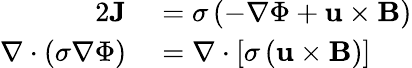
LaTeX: \begin{array}{rl}{{2}\textbf{J}}&{{}=\sigma\left(-\nabla\Phi+\textbf{u}\times\textbf{B}\right)}\\ {\nabla\cdot\left(\sigma\nabla\Phi\right)}&{{}=\nabla\cdot\left[\sigma\left(\textbf{u}\times\textbf{B}\right)\right]}\end{array}